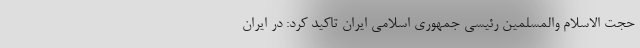
حجت الاسلام والمسلمین رئیسی جمهوری اسلامی ایران تاکید کرد: در ایران